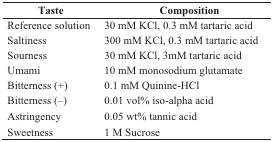
<table><thead><tr><td><b>Taste</b></td><td><b>Composition</b></td></tr></thead><tbody><tr><td>Reference solution</td><td>30 mM KCl, 0.3 mM tartaric acid</td></tr><tr><td>Saltiness</td><td>300 mM KCl, 0.3 mM tartaric acid</td></tr><tr><td>Sourness</td><td>30 mM KCl, 3mM tartaric acid</td></tr><tr><td>Umami</td><td>10 mM monosodium glutamate</td></tr><tr><td>Bitterness (+)</td><td>0.1 mM Quinine-HCl</td></tr><tr><td>Bitterness (–)</td><td>0.01 vol% iso-alpha acid</td></tr><tr><td>Astringency</td><td>0.05 wt% tannic acid</td></tr><tr><td>Sweetness</td><td>1 M Sucrose</td></tr></tbody></table>